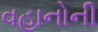
વહાનોની